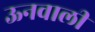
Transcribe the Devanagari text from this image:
ऊनवाली